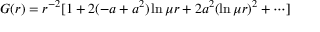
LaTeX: G ( r ) = r ^ { - 2 } [ 1 + 2 ( - a + a ^ { 2 } ) \ln \mu r + 2 a ^ { 2 } ( \ln \mu r ) ^ { 2 } + \cdots ]